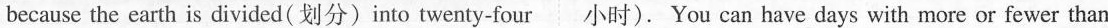
because the earth is divided(划分)into twenty-four 小时). You can have days with more or fewer than